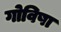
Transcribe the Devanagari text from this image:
गोविषा